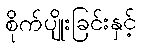
စိုက်ပျိုးခြင်းနှင့်